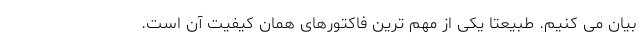
بیان می کنیم. طبیعتا یکی از مهم ترین فاکتورهای همان کیفیت آن است.